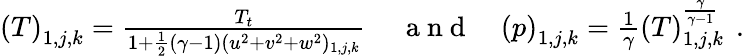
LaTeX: \begin{array}{rlr}{\left(T\right)_{1,j,k}=\frac{T_{t}}{1+\frac{1}{2}(\gamma-1)(u^{2}+v^{2}+w^{2})_{1,j,k}}\, }&{{}\mathrm{~a~n~d~}}&{\left(p\right)_{1,j,k}=\frac{1}{\gamma}(T)_{1,j,k}^{\frac{\gamma}{\gamma-1}}\, \mathrm{~.~}}\end{array}